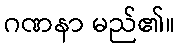
ဂဏနာ မည်၏။